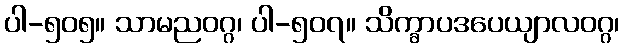
ပါ-၅၀၅။ သာမညဝဂ္ဂ၊ ပါ-၅၀၇။ သိက္ခာပဒပေယျာလဝဂ္ဂ၊